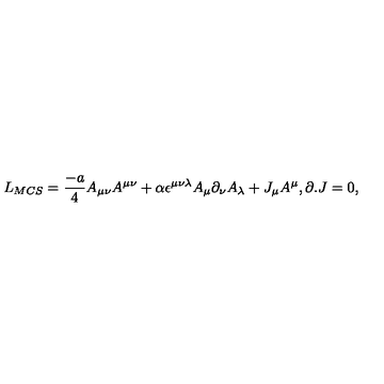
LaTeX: L _ { M C S } = { \frac { - a } { 4 } } A _ { \mu \nu } A ^ { \mu \nu } + \alpha \epsilon ^ { \mu \nu \lambda } A _ { \mu } \partial _ { \nu } A _ { \lambda } + J _ { \mu } A ^ { \mu } , \partial . J = 0 ,